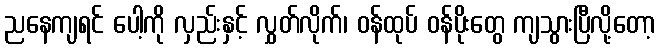
ညနေကျရင် ပေါ့ကို လှည်းနှင့် လွှတ်လိုက်၊ ဝန်ထုပ် ဝန်ပိုးတွေ ကျသွားပြီလို့တော့